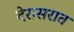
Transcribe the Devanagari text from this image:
देरासरात